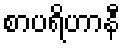
စာပရိဟာနီ